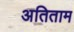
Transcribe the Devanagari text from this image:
अतिताम